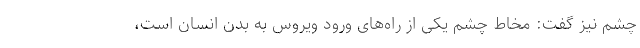
چشم نیز گفت: مخاط چشم یکی از راه‌های ورود ویروس به بدن انسان است،